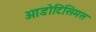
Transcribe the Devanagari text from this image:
ओडोटिसिमस